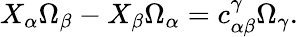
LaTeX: X_{\alpha}\Omega_{\beta}-X_{\beta}\Omega_{\alpha}=c_{\alpha\beta}^{\gamma}\Omega_{\gamma}.